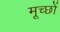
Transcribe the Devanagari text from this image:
मूच्छों